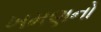
ખમણનો